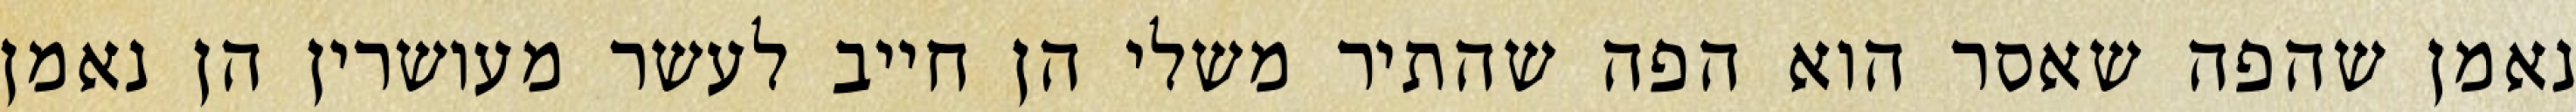
נאמן שהפה שאסר הוא הפה שהתיר משלי הן חייב לעשר מעושרין הן נאמן